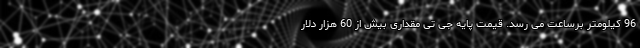
96 کیلومتر برساعت می رسد. قیمت پایه جی تی مقداری بیش از 60 هزار دلار